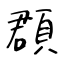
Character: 頵